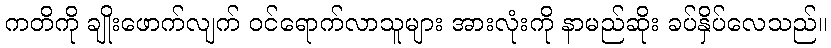
ကတိကို ချိုးဖောက်လျက် ဝင်ရောက်လာသူများ အားလုံးကို နာမည်ဆိုး ခပ်နှိပ်လေသည်။